Indian journal of veterinary science and animal husbandry - Volume 14,
Year: 1944
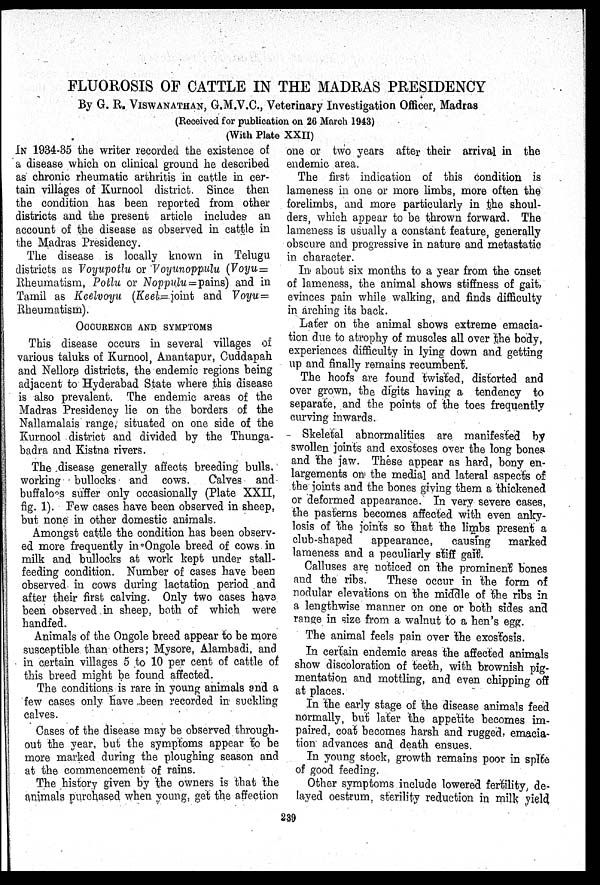
FLUOROSIS OF CATTLE IN THE MADRAS PRESIDENCY
By G. R. VISWANATHAN, G.M.V.C., Veterinary Investigation Officer, Madras
(Received for publication on 26 March 1943)
(With Plate XXII)
IN 1934-35 the writer recorded the existence of
a disease which on clinical ground he described
as chronic rheumatic arthritis in cattle in cer-
tain villages of Kurnool district. Since then
the condition has been reported from other
districts and the present article includes an
account of the disease as observed in cattle in
the Madras Presidency.
The disease is locally known in Telugu
districts as Voyupotlu or Voyunoppulu (Voyu=
Rheumatism, Potlu or Noppulu = pains) and in
Tamil as Keelvoyu (Keel=joint and Voyu=
Rheumatism).
OCCURENCE AND SYMPTOMS
This disease occurs in several villages of
various taluks of Kurnool, Anantapur, Cuddapah
and Nellore districts, the endemic regions being
adjacent to Hyderabad State where this disease
is also prevalent. The endemic areas of the
Madras Presidency lie on the borders of the
Nallamalais range, situated on one side of the
Kurnool district and divided by the Thunga-
badra and Kistna rivers.
The disease generally affects breeding bulls.
working bullocks and cows.
Calves and
buffaloes suffer only occasionally (Plate XXII,
fig. 1). Few cases have been observed in sheep,
but none in other domestic animals.
Amongst cattle the condition has been observ-
ed more frequently in Ongole breed of cows in
milk and bullocks at work kept under stall-
feeding condition. Number of cases have been
observed in cows during lactation period and
after their first calving. Only two cases have
been observed in sheep, both of which were
handfed.
Animals of the Ongole breed appear to be more
susceptible than others; Mysore, Alambadi, and
in certain villages 5 to 10 per cent of cattle of
this breed might be found affected.
The conditions is rare in young animals and a
few cases only have been recorded in suckling
calves.
Cases of the disease may be observed through-
out the year, but the symptoms appear to be
more marked during the ploughing season and
at the commencement of rains.
The history given by the owners is that the
animals purchased when young, get the affection
one or two years after their arrival in the
endemic area.
The first indication of this condition is
lameness in one or more limbs, more often the
forelimbs, and more particularly in the shoul-
ders, which appear to be thrown forward. The
lameness is usually a constant feature, generally
obscure and progressive in nature and metastatic
in character.
In about six months to a year from the onset
of lameness, the animal shows stiffness of gait,
evinces pain while walking, and finds difficulty
in arching its back.
Later on the animal shows extreme emacia-
tion due to atrophy of muscles all over the body,
experiences difficulty in lying down and getting
up and finally remains recumbent.
The hoofs are found twisted, distorted and
over grown, the digits having a tendency to
separate, and the points of the toes frequently
curving inwards.
Skeletal abnormalities are manifested by
swollen joints and exostoses over the long bones
and the jaw. These appear as hard, bony en-
largements on the medial and lateral aspects of
the joints and the bones giving them a thickened
or deformed appearance. In very severe cases,
the pasterns becomes affected with even anky-
losis of the joints so that the limbs present a
club-shaped
appearance,
causing
marked
lameness and a peculiarly stiff gait.
Calluses are noticed on the prominent bones
and the ribs.
These occur in the form of
nodular elevations on the middle of the ribs in
a lengthwise manner on one or both sides and
range in size from a walnut to a hen's egg.
The animal feels pain over the exostosis.
In certain endemic areas the affected animals
show discoloration of teeth, with brownish pig-
mentation and mottling, and even chipping off
at places.
In the early stage of the disease animals feed
normally, but later the appetite becomes im-
paired, coat becomes harsh and rugged, emacia-
tion advances and death ensues.
In young stock, growth remains poor in spite
of good feeding.
Other symptoms include lowered fertility, de-
layed oestrum, sterility reduction in milk yield
239